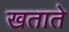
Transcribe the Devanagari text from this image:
खताते